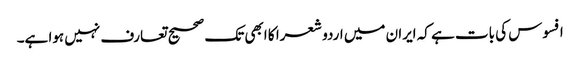
افسوس کی بات ہے کہ ایران میں اردو شعرا کا ابھی تک صحیح تعارف نہیں ہوا ہے۔